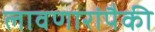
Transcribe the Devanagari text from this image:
लावणारांपैकी